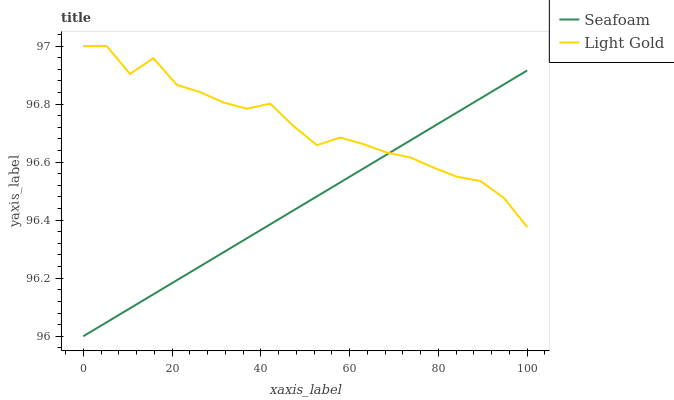
| xaxis_label | Seafoam | Light Gold |
 | --- | --- | --- |
 | 0 | 96 | 97 |
 | 5.26 | 96 | 97 |
 | 10.5 | 96.1 | 96.9 |
 | 15.8 | 96.1 | 97 |
 | 21.1 | 96.2 | 96.9 |
 | 26.3 | 96.2 | 96.8 |
 | 31.6 | 96.3 | 96.8 |
 | 36.8 | 96.3 | 96.8 |
 | 42.1 | 96.4 | 96.8 |
 | 47.4 | 96.4 | 96.7 |
 | 52.6 | 96.5 | 96.7 |
 | 57.9 | 96.5 | 96.7 |
 | 63.2 | 96.6 | 96.7 |
 | 68.4 | 96.6 | 96.6 |
 | 73.7 | 96.7 | 96.6 |
 | 78.9 | 96.7 | 96.6 |
 | 84.2 | 96.8 | 96.5 |
 | 89.5 | 96.8 | 96.5 |
 | 94.7 | 96.9 | 96.5 |
 | 100 | 96.9 | 96.4 |